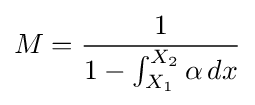
M={\frac {1}{1-\int _{X_{1}}^{X_{2}}\alpha \,dx}}